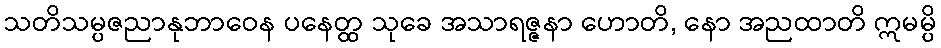
သတိသမ္ပဇညာနုဘာဝေန ပနေတ္ထ သုခေ အသာရဇ္ဇနာ ဟောတိ, နော အညထာတိ ဣမမ္ပိ